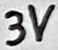
Text: 3V